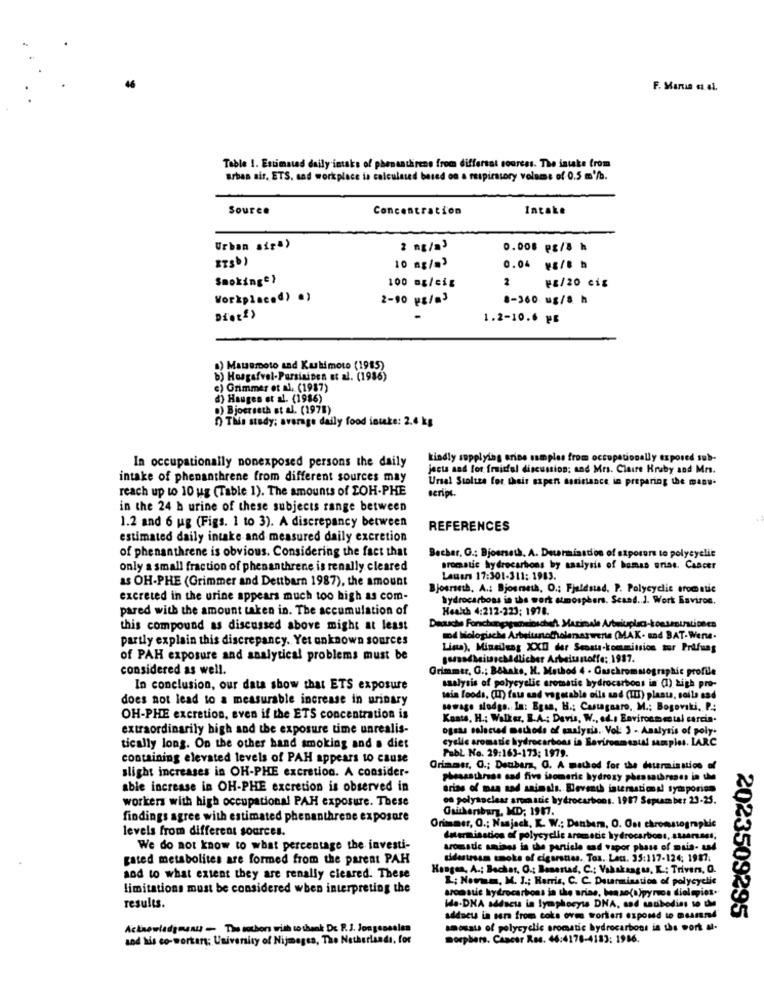
F. Maria c.el.
Table 1. Estimated daily intake of phensathrens from different sources. The intake from
urban sir, ETS. and workplace is calculated based on a respiratory volume of 0.5 mb.
Source
Concentration
Intake
Urban sip.)
2 ng/a3
0.008 PE/8 h
ETS)
10 mg/m3
0.04 VE/8 h
Smokinge)
100 mg/eig
2
F2/20 cig
Workplaced) e)
2-10 us/a3
8-360 ug/8 h
Diet'>
1.2-10.6 ME
a) Matsumoto and Kuhimoto (1985)
b) Hosgafvel-Pursiainen et al. (1986)
c) Grimmer et al. (1987)
d) Hauges et al. (1986)
D) Bjoerseth et al. (1978)
D) This stady; average daily food intake: 2.4 kg
In occupationally nonexposed persons the daily
kindly supplying urine samples from occupationally exposed sub-
jects and for fruitful discussion; and Mrs. Claire Hruby and Mrs.
intake of phenanthrene from different sources may
Ursel Stoltze for their espens assistance in preparing the masw-
reach up to 10 ug (Table 1). The amounts of LOH-PHE
seripe.
in the 24 h urine of these subjects range between
1.2 and 6 ug (Figs. 1 to 3). A discrepancy between
REFERENCES
estimated daily intake and measured daily excretion
of phenanthrene is obvious. Considering the fact that
Becher. G .: Bjoerseth. A. Determination of exposure to polycyclic
only a small fraction of phenanthrene is renally cleared
aromatic hydrocarbons by analysis of bomas uriae. Cancer
as OH-PHE (Grimmer and Dettbarn 1987), the amount
Lausrs 17:301-311: 1983.
Bjourseth, A .: Bjosmeth, O .; Fjeldsad. P. Polycyclic aromatic
excreted in the urine appears much too high as com-
hydrocarbons in the work atmosphere. Scand .. J. Work Baviron.
pared with the amount taken in. The accumulation of
Health 4:212-223; 1978.
this compound as discussed above might at least
partly explain this discrepancy. Yet unknown sources
Dd Kologische Arbetunotholenarwene (MAK- and BAT-Wense.
Lina), Minsilung XXI der Sensus-kommission tor Prüfung
of PAH exposure and analytical problems must be
considered as well.
Grimmer, G .: B&kaks, H. Method 4 - Gaschromatographic profile
In conclusion, our data show that ETS exposure
saalysis of polycyclic aromatic hydrocarbons in (1) high pro-
does not lead to a measurable increase in urinary
tein foods, (IT) fau and vegetable oils and (III) plaats, soils and
sewage sludge. la: Egas, H .; Castagnaro, M .; Bogoviki, P:
OH-PHE excretion, even if the ETS concentration is
Kants, H .; Walker, E.A .; Davis, W ., ed.s Environmental carcin.
extraordinarily high and the exposure time unrealis-
ogsas selected methods of analysis. Vol: 3 - Analysis of poly-
cyclic aromatic hydrocarbons is Boviroomsaus! samples. LARC
tically long. On the other hand smoking and a diet
Publ No. 29:163-173; 1979.
containing elevated levels of PAH appears to cause
Orimmer, G .: Dsubara, O. A method for the determination of
slight increases in OH-PHE excretion. A consider-
phesastkrass sad five isomeric hydroxy phessathreses in the
able increase in OH-PHE excretion is observed in
arias of man and animals. Seventh intentions tymporien
workers with high occupational PAH exposure. These
on polysoclear aromatic hydrocarbons. 1987 September 23-25.
Gaithersburg, MD; 1917.
findings agree with estimated phenanthrene exposure
levels from different sources.
Orimmer, O .; Nasjack, K. W .: Danbem, O. Ost chromatographie
determination of polycyclic aromatic hydrocarbons, starsaus;
We do not know to what percentage the investi-
aromade amines in the particle sad vapor phase of muis- und
gated metabolites are formed from the parent PAH
sidestrsss smoks of cigarstes. Tos. Lat. 35:117-124; 1987.
Hangen, A .; Bacher, O .: Baserad, C .: Vakakangus, K .: Trivers, O.
sod to what extent they are renally cleared. These
L; Nowmm, M. J .; Harris, C. C. Dutarmiastios of polycyclic
limitations must be considered when interpreting the
aronstie hydrocarbons in the urine, benso(a)pyruce dielepiet.
results.
Hle-DHA addscss in lymphocyte DNA, sad saubodies to the
addoct in sara from coks oves trortien exposed to musrand
2023509295
Acknowledgneau - The sotbon with to thank Dr. P.J. Jongensalen
amounts of polycyclic aromatic hydrocarbons is the work a.
and his co-worker; University of Nijmegen, The Netherlands, for
morphers. Cancer Res. 46:4178-4183: 1986.